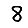
Digit: 8